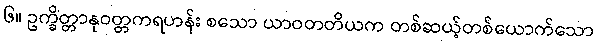
၆။ ဥက္ခိတ္တာနုဝတ္တကရဟန်း စသော ယာဝတတိယက တစ်ဆယ့်တစ်ယောက်သော